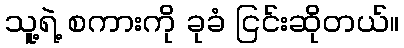
သူ့ရဲ့ စကားကို ခုခံ ငြင်းဆိုတယ်။